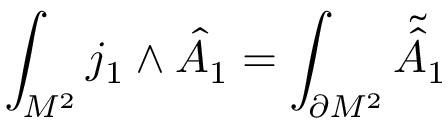
\int _ { { \cal M } ^ { 2 } } j _ { 1 } \wedge { \hat { \cal A } } _ { 1 } = \int _ { \partial { \cal M } ^ { 2 } } { \tilde { \hat { \cal A } } } _ { 1 }